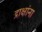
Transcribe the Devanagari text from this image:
द्राक्षांना